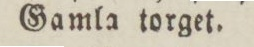
Gamla torget.